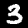
Digit: 3